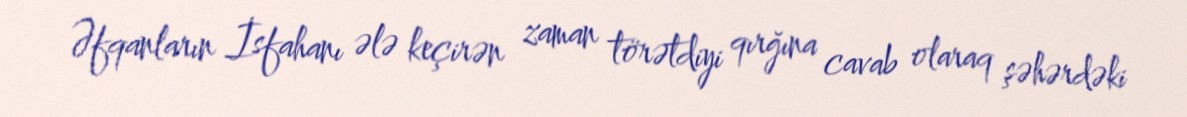
Əfqanların İsfahanı ələ keçirən zaman törətdiyi qırğına cavab olaraq şəhərdəki